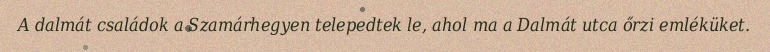
A dalmát családok a Szamárhegyen telepedtek le, ahol ma a Dalmát utca őrzi emléküket.